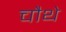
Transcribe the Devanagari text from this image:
चाैथे